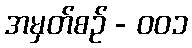
အမှတ်စဥ် - ၀၀၁